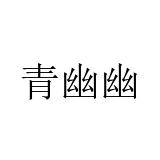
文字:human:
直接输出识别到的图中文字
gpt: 青幽幽